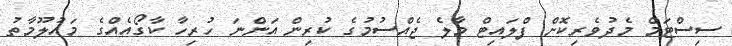
ސިސްޓަމް މެދުވެރިކޮށް ފްލައިޓް މާލެ ޖެއްސުމުގެ ކުރިން އަންނަ ހުރިހާ ކާގޯއެއްގެ މަައުލޫމާތު